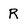
Character: R